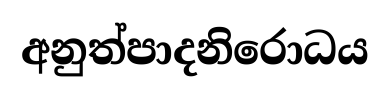
අනුත්පාදනිරොධය